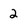
Character: 2